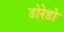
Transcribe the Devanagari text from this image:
डोरेडो